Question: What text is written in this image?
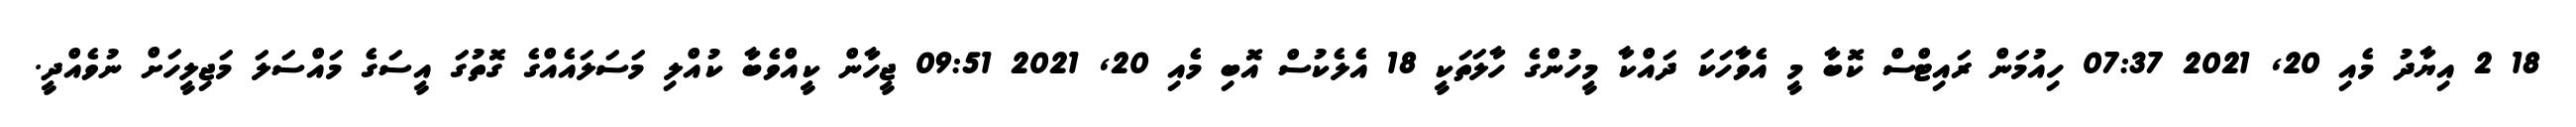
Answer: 18 2 އިޔާދު މެއި 20, 2021 07:37 ހިއުމަން ރައިޓްސް ކޮބާ މީ އެވާހަކަ ދައްކާ މީހުންގެ ހާލަތަކީ 18 އެލެކުސް އޮބި މެއި 20, 2021 09:51 ޖީހާން ކީއްވެބާ ކުއްލި މަސަލައެއްގެ ގޮތުގަ އީސަގެ މައްސަލަ މަޖިލީހަށް ނުވެއްދީ.